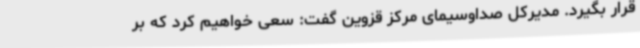
قرار بگیرد. مدیرکل صداوسیمای مرکز قزوین گفت: سعی خواهیم کرد که بر